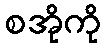
စအိုကို